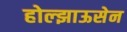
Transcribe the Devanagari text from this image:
होल्झाऊसेन